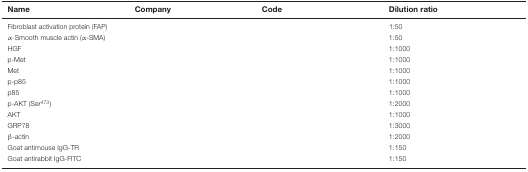
<table><thead><tr><td><b>Name</b></td><td><b>Company</b></td><td><b>Code</b></td><td><b>Dilution ratio</b></td></tr></thead><tbody><tr><td>Fibroblast activation protein (FAP)</td><td>[EMPTY_CELL]</td><td>[EMPTY_CELL]</td><td>1:50</td></tr><tr><td>α-Smooth muscle actin (α-SMA)</td><td>[EMPTY_CELL]</td><td>[EMPTY_CELL]</td><td>1:50</td></tr><tr><td>HGF</td><td>[EMPTY_CELL]</td><td>[EMPTY_CELL]</td><td>1:1000</td></tr><tr><td>p-Met</td><td>[EMPTY_CELL]</td><td>[EMPTY_CELL]</td><td>1:1000</td></tr><tr><td>Met</td><td>[EMPTY_CELL]</td><td>[EMPTY_CELL]</td><td>1:1000</td></tr><tr><td>p-p85</td><td>[EMPTY_CELL]</td><td>[EMPTY_CELL]</td><td>1:1000</td></tr><tr><td>p85</td><td>[EMPTY_CELL]</td><td>[EMPTY_CELL]</td><td>1:1000</td></tr><tr><td>p-AKT (Ser<sup>473</sup>)</td><td>[EMPTY_CELL]</td><td>[EMPTY_CELL]</td><td>1:2000</td></tr><tr><td>AKT</td><td>[EMPTY_CELL]</td><td>[EMPTY_CELL]</td><td>1:1000</td></tr><tr><td>GRP78</td><td>[EMPTY_CELL]</td><td>[EMPTY_CELL]</td><td>1:3000</td></tr><tr><td>β-actin</td><td>[EMPTY_CELL]</td><td>[EMPTY_CELL]</td><td>1:2000</td></tr><tr><td>Goat antimouse IgG-TR</td><td>[EMPTY_CELL]</td><td>[EMPTY_CELL]</td><td>1:150</td></tr><tr><td>Goat antirabbit IgG-FITC</td><td>[EMPTY_CELL]</td><td>[EMPTY_CELL]</td><td>1:150</td></tr></tbody></table>